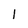
Character: l